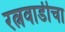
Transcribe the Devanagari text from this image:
रत्नवाडीचा